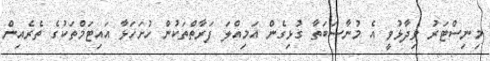
މިނިސްޓަރު ވިދާޅުވީ އެ މުނާސަބަތާ ގުޅިގެން އަމިއްލަ ފަރާތްތަކުން ހުށަހަޅާ އައިޓަމްތަކުގެ ތެރެއިން